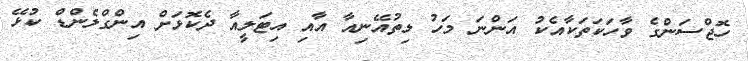
ހޮޖްސަންގެ ވާހަކަތަކާއެކު އަންނަ މަހު ލިތުއޭނިއާ އާއި އިޓަލީއާ ދެކޮޅަށް އިންގްލެންޑް ކުޅޭ